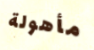
مأهولة